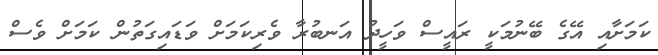
ކަމަށާއި އޭގެ ބޭނުމަކީ ރައީސް ވަހީދު އަނބުރާ ވެރިކަމަށް ވަޑައިގަތުން ކަމަށް ވެސް